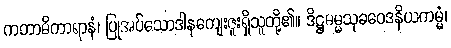
ကတာဓိကာရာနံ၊ ပြုအပ်သောဒါနကျေးဇူးရှိသူတို့၏။ ဒိဋ္ဌဓမ္မသုခဝေဒနိယကမ္မံ၊